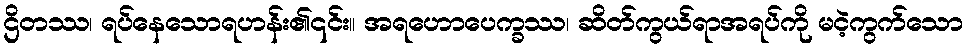
ဌိတဿ၊ ရပ်နေသောရဟန်း၏၎င်း။ အရဟောပေက္ခဿ၊ ဆိတ်ကွယ်ရာအရပ်ကို မငဲ့ကွက်သော